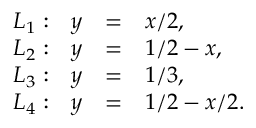
\begin{array} { r r c l } { L _ { 1 } : } & { y } & { = } & { x / 2 , } \\ { L _ { 2 } : } & { y } & { = } & { 1 / 2 - x , } \\ { L _ { 3 } : } & { y } & { = } & { 1 / 3 , } \\ { L _ { 4 } : } & { y } & { = } & { 1 / 2 - x / 2 . } \end{array}